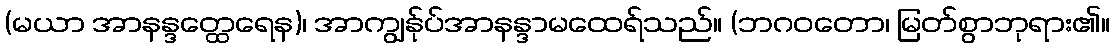
(မယာ အာနန္ဒတ္ထေရေန)၊ အာကျွန်ုပ်အာနန္ဒာမထေရ်သည်။ (ဘဂဝတော၊ မြတ်စွာဘုရား၏။